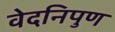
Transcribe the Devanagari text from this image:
वेदनिपुण